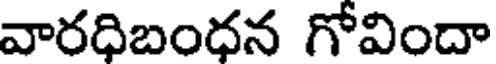
వారధిబంధన గోవిందా